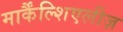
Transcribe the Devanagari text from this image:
मार्कैंल्शिएलीज़